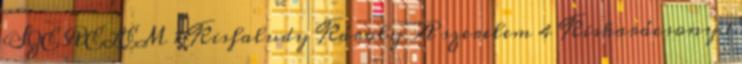
SZERELEM 1 Kisfaludy Károly A szerelem 4 Kiskarácsony 1